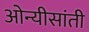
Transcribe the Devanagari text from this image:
ओन्यीसांती